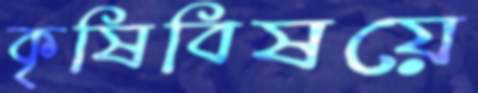
কৃষিবিষয়ে